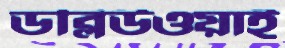
ডব্লিউওয়াই